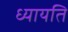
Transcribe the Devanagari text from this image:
ध्यायति